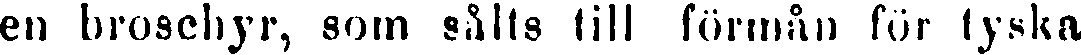
en broschyr, som sålts till förmån för tyska